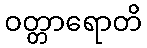
ဝတ္တာရောတိ